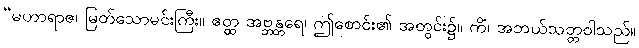
“မဟာရာဇ၊ မြတ်သောမင်းကြီး။ ဧတ္ထ အဗ္ဘန္တရေ၊ ဤစောင်း၏ အတွင်း၌။ ကိံ၊ အဘယ်သတ္တဝါသည်။